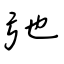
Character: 弛